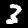
Digit: 3